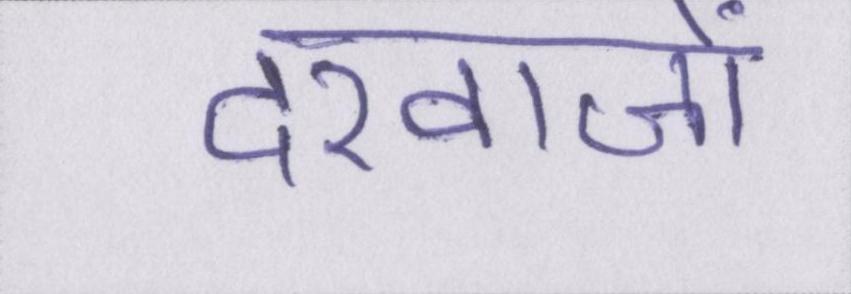
दरवाजों